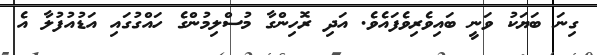
ގިނަ ބަޔަކު ވަނީ ބައިވެރިވެފައެވެ. އަދި ރޮހިންގާ މުސްލިމުންގެ ހައްގުގައި އަޑުއުފުލާ އެ